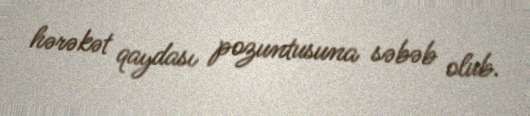
hərəkət qaydası pozuntusuna səbəb olub.